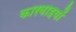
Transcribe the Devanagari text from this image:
कारवाइयों